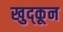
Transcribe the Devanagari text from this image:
खुद्कून